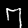
Digit: 7